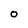
Character: 0